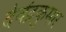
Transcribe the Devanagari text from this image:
देवेंद्रकुमार